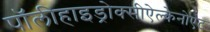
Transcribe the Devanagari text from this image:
पॉलीहाइड्रोक्सीऐल्केनोएट